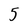
Character: 5